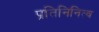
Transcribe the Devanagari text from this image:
प्रतिनिनित्व